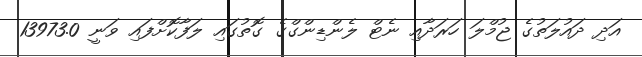
އަދި ދައުލަތުގެ ޖުމްލަ ހަރަދާއި ނެޓް ލެންޑިންގްގެ ގޮތުގައި ލަފާކޮށްފައި ވަނީ 13973.0